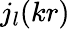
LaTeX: j_{l}(kr)